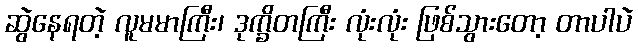
ဆွဲနေရတဲ့ လူမမာကြီး၊ ဒုက္ခိတကြီး လုံးလုံး ဖြစ်သွားတော့ တာပါပဲ